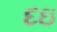
દઇ